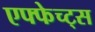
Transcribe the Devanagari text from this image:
एफ्फेच्ट्स